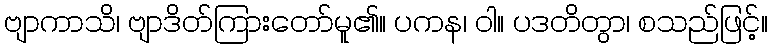
ဗျာကာသိ၊ ဗျာဒိတ်ကြားတော်မူ၏။ ပကန၊ ဝါ။ ပဒတိတွာ၊ စသည်ဖြင့်။